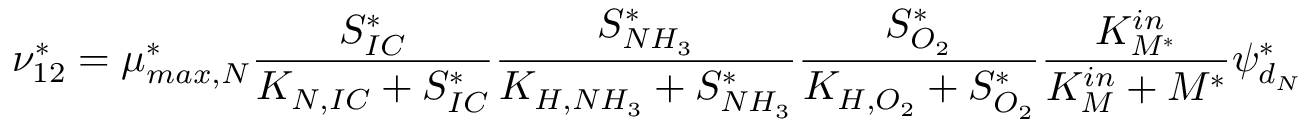
\nu _ { 1 2 } ^ { * } = \mu _ { m a x , N } ^ { * } \frac { S _ { I C } ^ { * } } { K _ { N , I C } + S _ { I C } ^ { * } } \frac { S _ { N H _ { 3 } } ^ { * } } { K _ { H , N H _ { 3 } } + S _ { N H _ { 3 } } ^ { * } } \frac { S _ { O _ { 2 } } ^ { * } } { K _ { H , O _ { 2 } } + S _ { O _ { 2 } } ^ { * } } \frac { K _ { M ^ { * } } ^ { i n } } { K _ { M } ^ { i n } + M ^ { * } } \psi _ { d _ { N } } ^ { * }